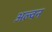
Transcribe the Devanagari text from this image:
अल्वन